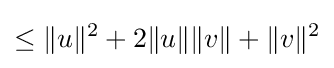
\leq \|u\|^{2}+2\|u\|\|v\|+\|v\|^{2}